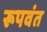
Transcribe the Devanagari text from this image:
रूपवंत